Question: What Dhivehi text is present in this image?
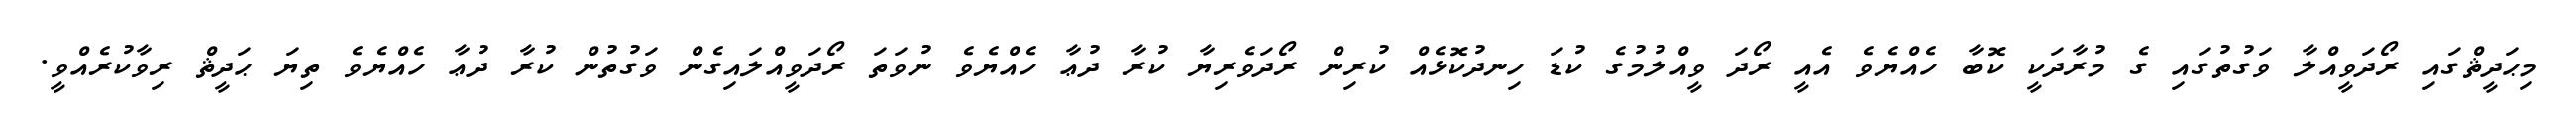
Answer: މިޙަދީޘްގައި ރޯދަވީއްލާ ވަގުތުގައި ގެ މުރާދަކީ ކޮބާ ހެއްޔެވެ އެއީ ރޯދަ ވީއްލުމުގެ ކުޑަ ހިނދުކޮޅެއް ކުރިން ރޯދަވެރިޔާ ކުރާ ދުޢާ ހެއްޔެވެ ނުވަތަ ރޯދަވީއްލައިގެން ވަގުތުން ކުރާ ދުޢާ ހެއްޔެވެ ތިޔަ ޙަދީޘް ރިވާކުރެއްވީ.